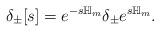
LaTeX: \begin{align*}\delta_{\pm}[s]=e^{-s \mathbb{H}_m} \delta_{\pm} e^{s \mathbb{H}_m}.\end{align*}